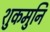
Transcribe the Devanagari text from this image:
शुकमुनि